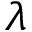
\lambda